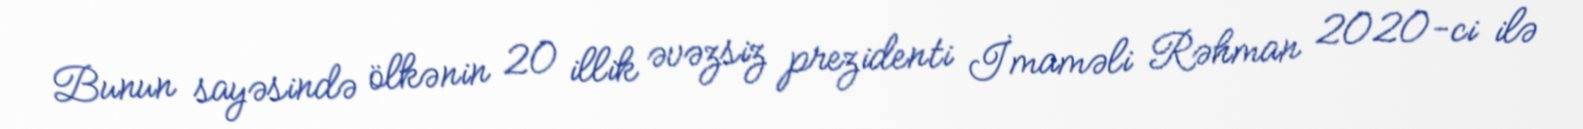
Bunun sayəsində ölkənin 20 illik əvəzsiz prezidenti İmaməli Rəhman 2020-ci ilə